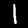
Digit: 1